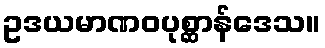
ဥဒယမာဏဝပုစ္ဆာန်ဒေသ။